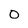
Character: O